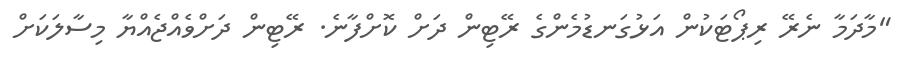
"މާދަމާ ނެރޭ ރިޕޯޓަކުން އަޅުގަނޑުމެންގެ ރޭޓިން ދަށް ކޮށްފާނެ. ރޭޓިން ދަށްވެއްޖެއްޔާ މިސާލަކަށް